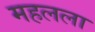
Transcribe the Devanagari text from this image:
महलला